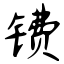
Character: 镄